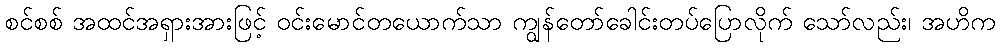
စင်စစ် အထင်အရှားအားဖြင့် ဝင်းမောင်တယောက်သာ ကျွန်တော်ခေါင်းတပ်ပြောလိုက် သော်လည်း၊ အဟိက